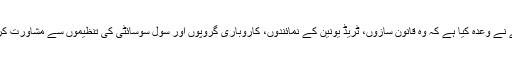
اپوزیشن جماعتوں کی بات پر توجہ دیتے ہوئے، تھریسا مے نے وعدہ کیا ہے کہ وہ قانون سازوں، ٹریڈ یونین کے نمائندوں، کاروباری گروپوں اور سول سوسائٹی کی تنظیموں سے مشاورت کریں گی، تاکہ ایک وسیع تر اتفاقِ رائے حاصل کیا جا سکے۔